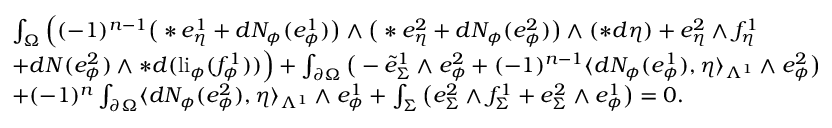
\begin{array} { r l } & { \int _ { \Omega } \Big ( ( - 1 ) ^ { n - 1 } \big ( \ast e _ { \eta } ^ { 1 } + d N _ { \phi } ( e _ { \phi } ^ { 1 } ) \big ) \wedge \big ( \ast e _ { \eta } ^ { 2 } + d N _ { \phi } ( e _ { \phi } ^ { 2 } ) \big ) \wedge ( \ast d \eta ) + e _ { \eta } ^ { 2 } \wedge f _ { \eta } ^ { 1 } } \\ & { + d N ( e _ { \phi } ^ { 2 } ) \wedge \ast d ( \mathrm { l i } _ { \phi } ( f _ { \phi } ^ { 1 } ) ) \Big ) + \int _ { \partial \Omega } \big ( - \tilde { e } _ { \Sigma } ^ { 1 } \wedge e _ { \phi } ^ { 2 } + ( - 1 ) ^ { n - 1 } \langle d N _ { \phi } ( e _ { \phi } ^ { 1 } ) , \eta \rangle _ { \Lambda ^ { 1 } } \wedge e _ { \phi } ^ { 2 } \big ) } \\ & { + ( - 1 ) ^ { n } \int _ { \partial \Omega } \langle d N _ { \phi } ( e _ { \phi } ^ { 2 } ) , \eta \rangle _ { \Lambda ^ { 1 } } \wedge e _ { \phi } ^ { 1 } + \int _ { \Sigma } \big ( e _ { \Sigma } ^ { 2 } \wedge f _ { \Sigma } ^ { 1 } + e _ { \Sigma } ^ { 2 } \wedge e _ { \phi } ^ { 1 } \big ) = 0 . } \end{array}